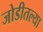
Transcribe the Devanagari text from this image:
जोडीतल्या